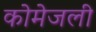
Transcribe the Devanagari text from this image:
कोमेजली